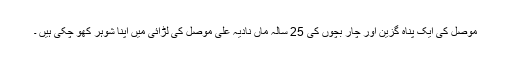
موصل کی ایک پناہ گزین اور چار بچوں کی 25 سالہ ماں نادیہ علی موصل کی لڑائی میں اپنا شوہر کھو چکی ہیں ۔